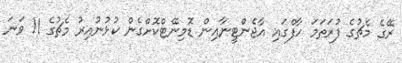
ރޭގެ މެޗުގެ ފުރަތަމަ ހާފްގައި އާޖެންޓީނާއިން ޑޮމިނޭޓްކޮށްގެން ކުޅުނުއިރު މެޗުގެ 11 ވަނަ